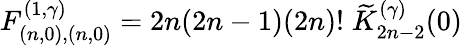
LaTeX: F_{(n,0),(n,0)}^{(1,\gamma)}=2n(2n-1)(2n)!\; \widetilde{K}_{2n-2}^{(\gamma)}(0)